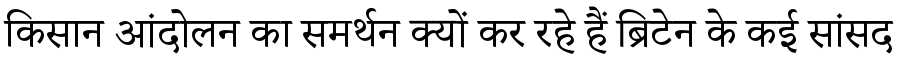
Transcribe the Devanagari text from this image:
किसान आंदोलन का समर्थन क्यों कर रहे हैं ब्रिटेन के कई सांसद